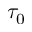
\tau _ { 0 }